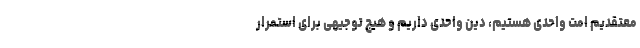
معتقدیم امت واحدی هستیم، دین واحدی داریم و هیچ توجیهی برای استمرار